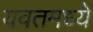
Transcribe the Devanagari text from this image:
यवतमध्ये